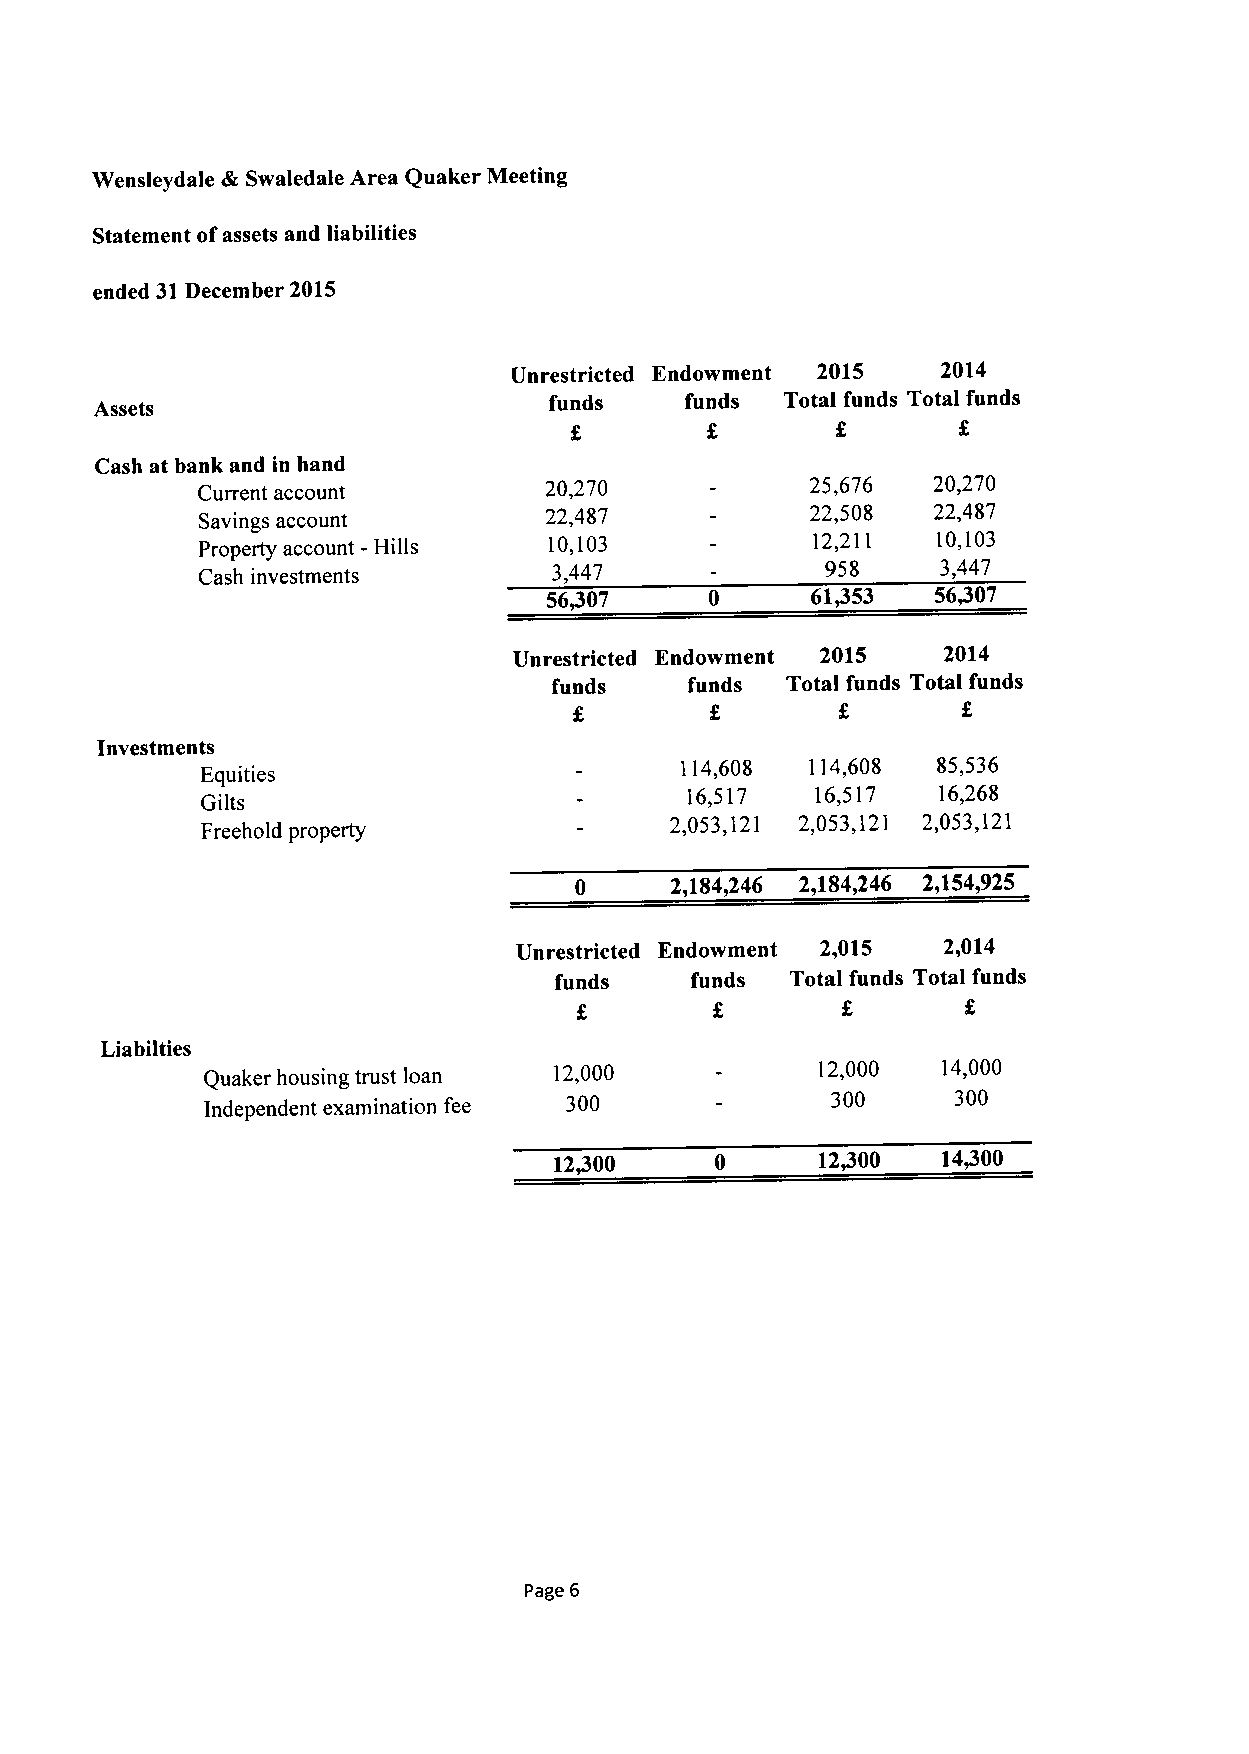
Wensleydale dk Swaledale Area Quaker Meeting
 Statement ofassets and liabilities
 ended 31December 2015
 Unrestricted Endowment 2015 2014
 Assets                        funds    funds  Total funds Total funds
 Cash at bank and in hand
 Current account        20,270            25,676  20,270
 Savings account        22,487            22,508  22,487
 Property account - Hills 10,103          12,211  10,103
 Cash investments        3,447             958    3,447
 56/07             61/53   56/07
 Unrestricted Endowment 2015 2014
 funds    funds Total funds Total funds
 Investments
 114,608  114,608 85,536
 Equities
 Gilts
 16,517   16,517  16,268
 Freehold property
 2,053,121 2,053,121 2,053,121
 2,184,246 2,184,246 2,154,925
 Unrestricted Endowment 2,015 2,014
 funds    funds Total funds Total funds
 Liabilties
 Quaker housing trust loan 12,000        12,000  14,000
 Independent examination fee 300          300     300
 12/00            12+00   14/00
 Page 6